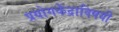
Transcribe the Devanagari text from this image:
प्रयोगकेंद्राविषयी